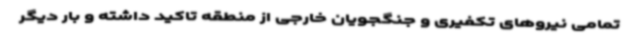
تمامی نیروهای تکفیری و جنگجویان خارجی از منطقه تاکید داشته و بار دیگر